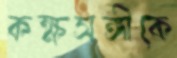
কক্ষসঙ্গীকে